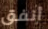
أنفق